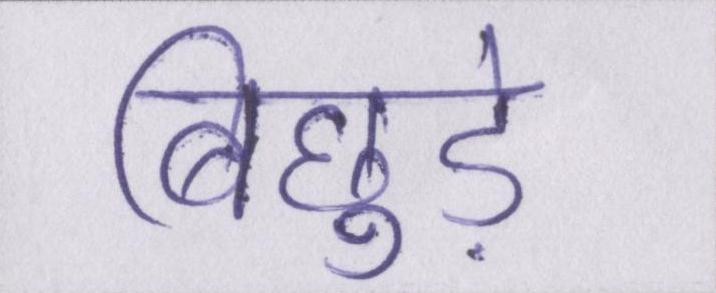
बिछुड़े